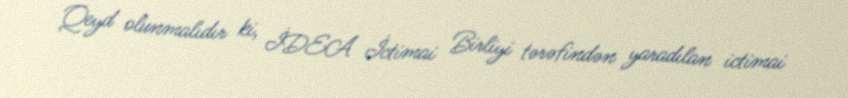
Qeyd olunmalıdır ki, İDEA İctimai Birliyi tərəfindən yaradılan ictimai